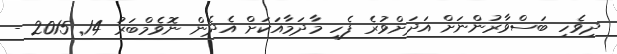
ދިވެހި ބަސްވާރުންނަށް އަދަށްވުރެ ފެހި މާދަމާއަކަށް އެދެން ނޮވެމްބަރު 14